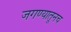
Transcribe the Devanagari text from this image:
जगण्यातूनच